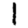
Digit: 1